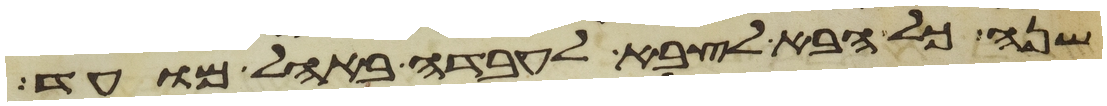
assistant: שנה כל הבא לצבא לעבדה באהל מועד